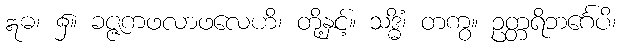
ဣဓ၊ ၌။ ခဇ္ဇကဖလာဖလေဟိ၊ တို့နှင့်။ သဒ္ဓိံ၊ တကွ။ ဥတ္တရိဘင်္ဂေပိ၊